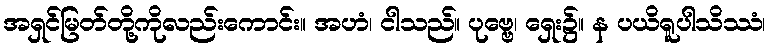
အရှင်မြတ်တို့ကိုလည်းကောင်း။ အဟံ၊ ငါသည်။ ပုဗ္ဗေ၊ ရှေး၌။ န ပယိရူပါသိဿံ၊